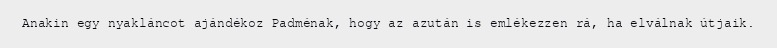
Anakin egy nyakláncot ajándékoz Padménak, hogy az azután is emlékezzen rá, ha elválnak útjaik.